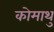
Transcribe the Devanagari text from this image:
कोमाथु